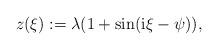
LaTeX: \begin{align*} z(\xi):= \lambda(1+\sin(\mathrm{i} \xi-\psi )),\end{align*}